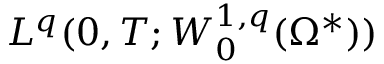
\ensuremath { L ^ { q } ( 0 , T ; W _ { 0 } ^ { 1 , q } ( \Omega ^ { * } ) ) }